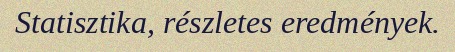
Statisztika, részletes eredmények.